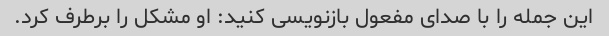
این جمله را با صدای مفعول بازنویسی کنید: او مشکل را برطرف کرد.